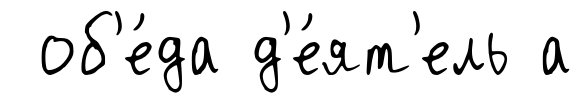
об'е́да д'е́ят'ель а